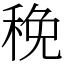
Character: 䅋